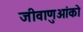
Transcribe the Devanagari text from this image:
जीवाणुओंको